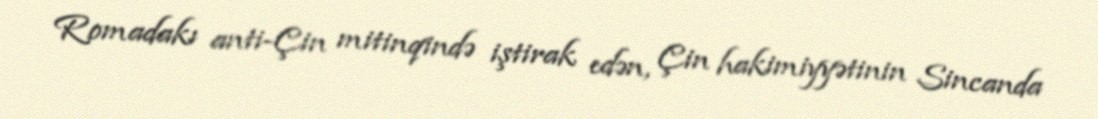
Romadakı anti-Çin mitinqində iştirak edən, Çin hakimiyyətinin Sincanda